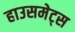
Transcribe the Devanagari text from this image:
हाउसमेट्स